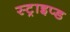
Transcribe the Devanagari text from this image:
स्ट्राइप्ड